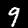
Digit: 9